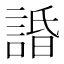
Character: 諙